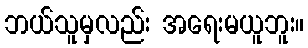
ဘယ်သူမှလည်း အရေးမယူဘူး။